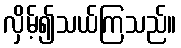
လှိမ့်၍သယ်ကြသည်။